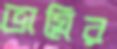
ভাগ্নির